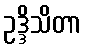
ဥဒ္ဒိသိတာ